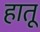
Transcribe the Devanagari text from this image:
हातू